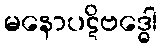
မနောပဋိဗဒ္ဓေါ